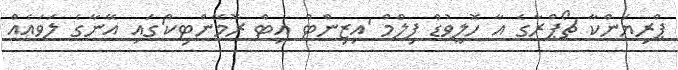
ޕްރިޔަންކާ ޗޯޕްރާގެ އާ ހޮލީވުޑް ފިލްމް 'އިޒިންޓް އިޓް ރޮމޭންޓިކް'ގައި އޭނާގެ ލަވައެއް